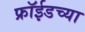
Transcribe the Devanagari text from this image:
फ्रॉईडच्या